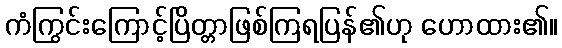
ကံကြွင်းကြောင့်ပြိတ္တာဖြစ်ကြရပြန်၏ဟု ဟောထား၏။